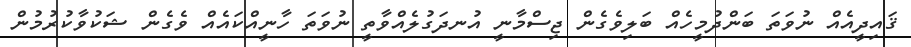
ޤައިދީއެއް ނުވަތަ ބަންދުމީހެއް ބަލިވެގެން ޖިސްމާނީ އުނދަގުލެއްވާތީ ނުވަތަ ހާނީއްކައެއް ވެގެން ޝަކުވާކުރުމުން